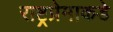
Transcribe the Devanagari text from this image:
राष्ट्रप्रेमाकडे